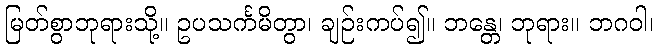
မြတ်စွာဘုရားသို့။ ဥပသင်္ကမိတွာ၊ ချဉ်းကပ်၍။ ဘန္တေ၊ ဘုရား။ ဘဂဝါ၊